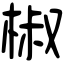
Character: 椒